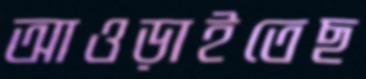
আওড়াইতেছ